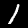
Label: 1